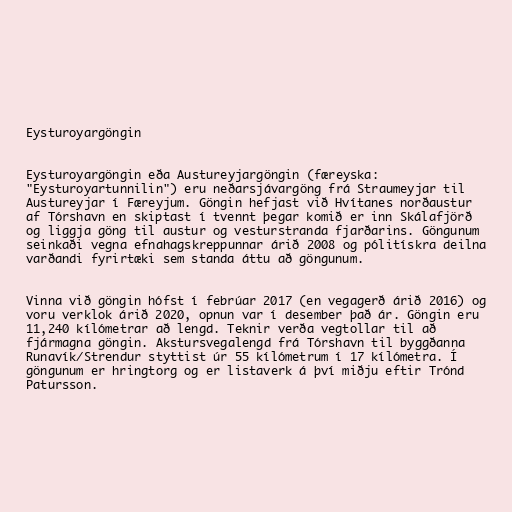
Eysturoyargöngin

Eysturoyargöngin eða Austureyjargöngin (færeyska:
"Eysturoyartunnilin") eru neðarsjávargöng frá Straumeyjar til
Austureyjar í Færeyjum. Göngin hefjast við Hvítanes norðaustur
af Tórshavn en skiptast í tvennt þegar komið er inn Skálafjörð
og liggja göng til austur og vesturstranda fjarðarins. Göngunum
seinkaði vegna efnahagskreppunnar árið 2008 og pólitískra deilna
varðandi fyrirtæki sem standa áttu að göngunum.

Vinna við göngin hófst í febrúar 2017 (en vegagerð árið 2016) og
voru verklok árið 2020, opnun var í desember það ár. Göngin eru
11,240 kílómetrar að lengd. Teknir verða vegtollar til að
fjármagna göngin. Akstursvegalengd frá Tórshavn til byggðanna
Runavík/Strendur styttist úr 55 kílómetrum í 17 kílómetra. Í
göngunum er hringtorg og er listaverk á því miðju eftir Trónd
Patursson.